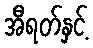
အီရတ်နှင့်